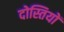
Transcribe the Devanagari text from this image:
दोस्तियों